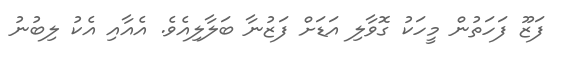
ފަޒޫ ފަހަތުން މީހަކު ގޮވާލި އަޑަށް ފަޒުނާ ބަލާލިއެވެ. އެއާއި އެކު ލިބުނު